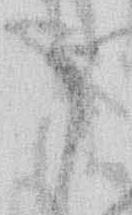
ま